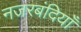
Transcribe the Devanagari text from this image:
नजरबंदियाँ